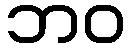
ဘဝ